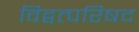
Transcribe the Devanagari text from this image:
विद्वत्परिषद